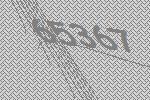
65367